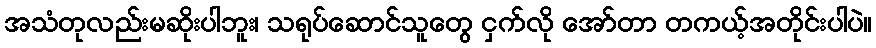
အသံတုလည်းမဆိုးပါဘူး၊ သရုပ်ဆောင်သူတွေ ငှက်လို အော်တာ တကယ့်အတိုင်းပါပဲ။